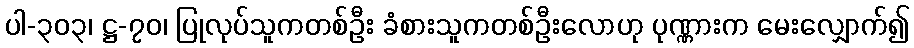
ပါ-၃၀၃၊ ဋ္ဌ-၇၀၊ ပြုလုပ်သူကတစ်ဦး ခံစားသူကတစ်ဦးလောဟု ပုဏ္ဏားက မေးလျှောက်၍